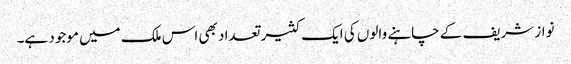
نواز شریف کے چاہنے والوں کی ایک کثیر تعداد بھی اس ملک میں موجود ہے۔